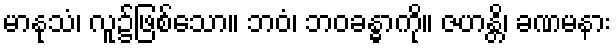
မာနုသံ၊ လူ၌ဖြစ်သော။ ဘဝံ၊ ဘဝခန္ဓာကို။ ဇဟန္တိ၊ ခဏမနား